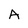
Character: A